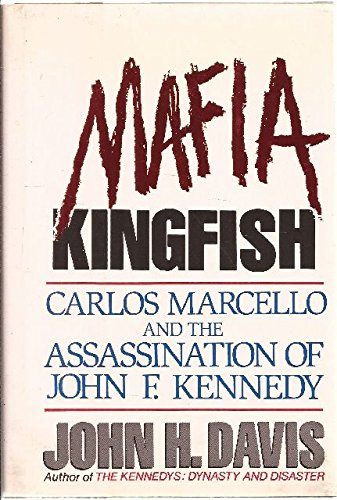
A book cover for Mafia Kingfish: Carlos Marcello and the Assassination of John F. Kennedy; John H. Davis; Biographies & Memoirs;